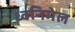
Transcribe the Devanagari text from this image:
ध्वनिमेल